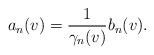
LaTeX: \begin{align*} a_{n}(v)=\frac{1}{\gamma_{n}(v)}b_{n}(v).\end{align*}